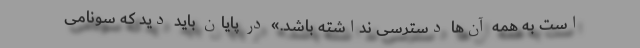
است به همه آن‌ها دسترسی نداشته باشد.» در پایان باید دید که سونامی